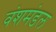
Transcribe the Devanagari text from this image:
वंशमंडल